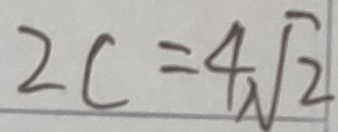
2 c = 4 \sqrt { 2 }